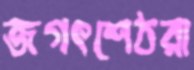
জগৎশেঠরা